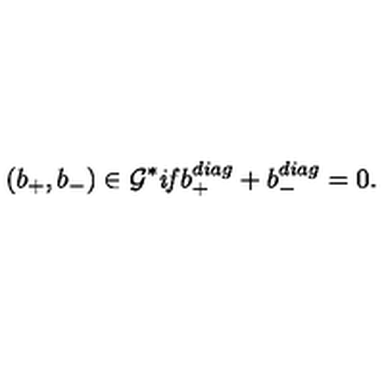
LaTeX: ( b _ { + } , b _ { - } ) \in { \cal G ^ { * } } \mathrm { \it { i f } } b _ { + } ^ { d i a g } + b _ { - } ^ { d i a g } = 0 .